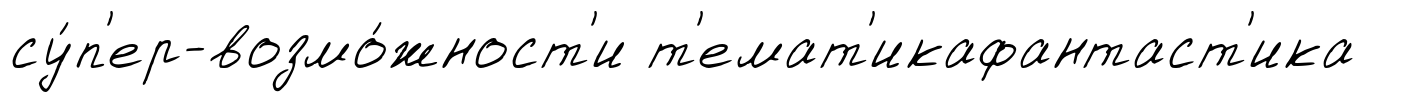
су́п'ер-возмо́жност'и т'емат'икафантаст'ика